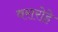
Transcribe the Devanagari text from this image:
वरारोहे